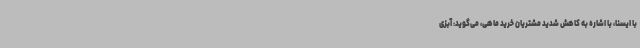
با ایسنا، با اشاره به کاهش شدید مشتریان خرید ماهی، می‌گوید: آبزی